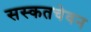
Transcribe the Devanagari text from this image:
सस्कतचेवन